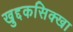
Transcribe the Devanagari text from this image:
खुद्दकसिक्खा